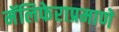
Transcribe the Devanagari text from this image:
मॅलिफेराप्रमाणे